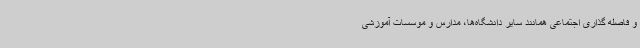
و فاصله گذاری اجتماعی همانند سایر دانشگاه‌ها، مدارس و موسسات آموزشی